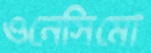
ওনেসিমো